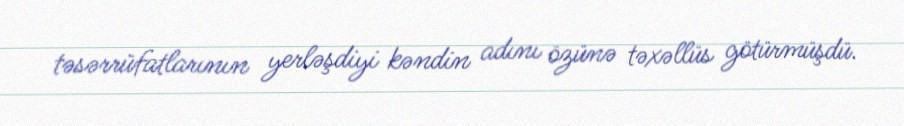
təsərrüfatlarının yerləşdiyi kəndin adını özünə təxəllüs götürmüşdü.